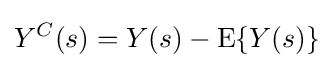
Y^{C}(s)=Y(s)-\mathrm {E} \{Y(s)\}